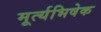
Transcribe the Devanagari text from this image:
मूर्त्यभिषेक